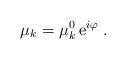
LaTeX: \begin{align*}\mu_k = \mu^0_k \, \mbox{e}^{i \varphi} \;.\end{align*}